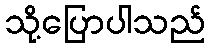
သို့ပြောပါသည်